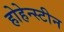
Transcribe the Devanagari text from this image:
होहेन्स्टीन